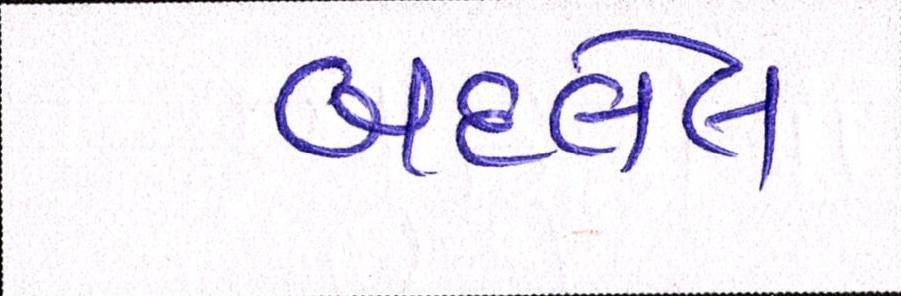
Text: બદલેલ